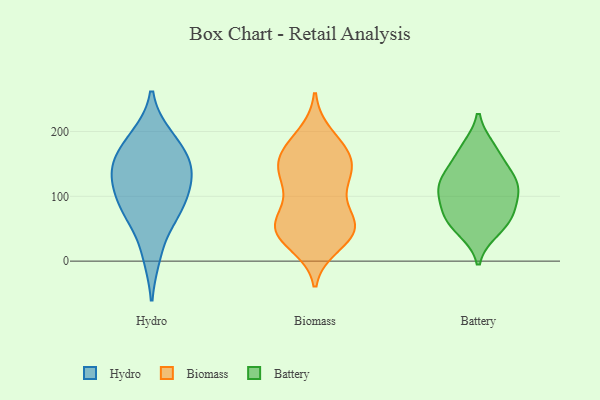
{"axis": {"x": "Page Views", "y": "Value"}, "legend": ["Battery", "Biomass", "Hydro"], "data": [{"x": "", "y": 10, "type": "Hydro"}, {"x": "", "y": 140, "type": "Hydro"}, {"x": "", "y": 82, "type": "Hydro"}, {"x": "", "y": 191, "type": "Hydro"}, {"x": "", "y": 184, "type": "Hydro"}, {"x": "", "y": 156, "type": "Hydro"}, {"x": "", "y": 146, "type": "Hydro"}, {"x": "", "y": 77, "type": "Hydro"}, {"x": "", "y": 115, "type": "Hydro"}, {"x": "", "y": 75, "type": "Hydro"}, {"x": "", "y": 128, "type": "Hydro"}, {"x": "", "y": 179, "type": "Biomass"}, {"x": "", "y": 57, "type": "Biomass"}, {"x": "", "y": 129, "type": "Biomass"}, {"x": "", "y": 96, "type": "Biomass"}, {"x": "", "y": 148, "type": "Biomass"}, {"x": "", "y": 50, "type": "Biomass"}, {"x": "", "y": 154, "type": "Biomass"}, {"x": "", "y": 122, "type": "Biomass"}, {"x": "", "y": 165, "type": "Biomass"}, {"x": "", "y": 55, "type": "Biomass"}, {"x": "", "y": 27, "type": "Biomass"}, {"x": "", "y": 131, "type": "Biomass"}, {"x": "", "y": 42, "type": "Biomass"}, {"x": "", "y": 44, "type": "Biomass"}, {"x": "", "y": 52, "type": "Biomass"}, {"x": "", "y": 57, "type": "Biomass"}, {"x": "", "y": 161, "type": "Biomass"}, {"x": "", "y": 193, "type": "Biomass"}, {"x": "", "y": 113, "type": "Battery"}, {"x": "", "y": 126, "type": "Battery"}, {"x": "", "y": 167, "type": "Battery"}, {"x": "", "y": 78, "type": "Battery"}, {"x": "", "y": 130, "type": "Battery"}, {"x": "", "y": 65, "type": "Battery"}, {"x": "", "y": 100, "type": "Battery"}, {"x": "", "y": 173, "type": "Battery"}, {"x": "", "y": 117, "type": "Battery"}, {"x": "", "y": 62, "type": "Battery"}, {"x": "", "y": 49, "type": "Battery"}]}